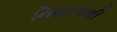
નિશાળથી